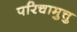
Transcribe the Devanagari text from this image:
परिचामुत्तु